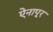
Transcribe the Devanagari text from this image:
ऐनापूर